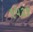
૧૫૩૬